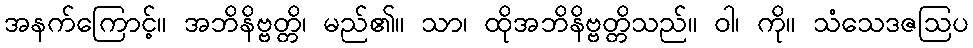
အနက်ကြောင့်။ အဘိနိဗ္ဗတ္တိ၊ မည်၏။ သာ၊ ထိုအဘိနိဗ္ဗတ္တိသည်။ ဝါ၊ ကို။ သံသေဒဇဩပ